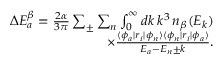
\begin{array} { r } { \Delta E _ { a } ^ { \beta } = \frac { 2 \alpha } { 3 \pi } \sum _ { \pm } \sum _ { n } \int _ { 0 } ^ { \infty } d k \, k ^ { 3 } \, n _ { \beta } ( E _ { k } ) } \\ { \times \frac { \langle \phi _ { a } | r _ { i } | \phi _ { n } \rangle \langle \phi _ { n } | r _ { i } | \phi _ { a } \rangle } { E _ { a } - E _ { n } \pm k } . } \end{array}